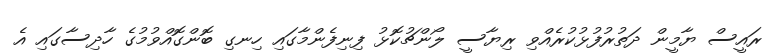
ރައީސް ޔާމީން ދަތުރުފުޅުކުރެއްވި ރިޔާސީ ލޯންޗުކޮޅު ފިނިފެންމާގައި ހިނގި ބޮންގޮއްވުމުގެ ހާދިސާގައި އެ